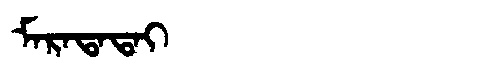
Manchu: ᠮᠠᡵᠠᡨᠠᡨᠠᡳ
Romanization: MARATATAI